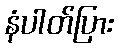
နံပါတ်ပြား